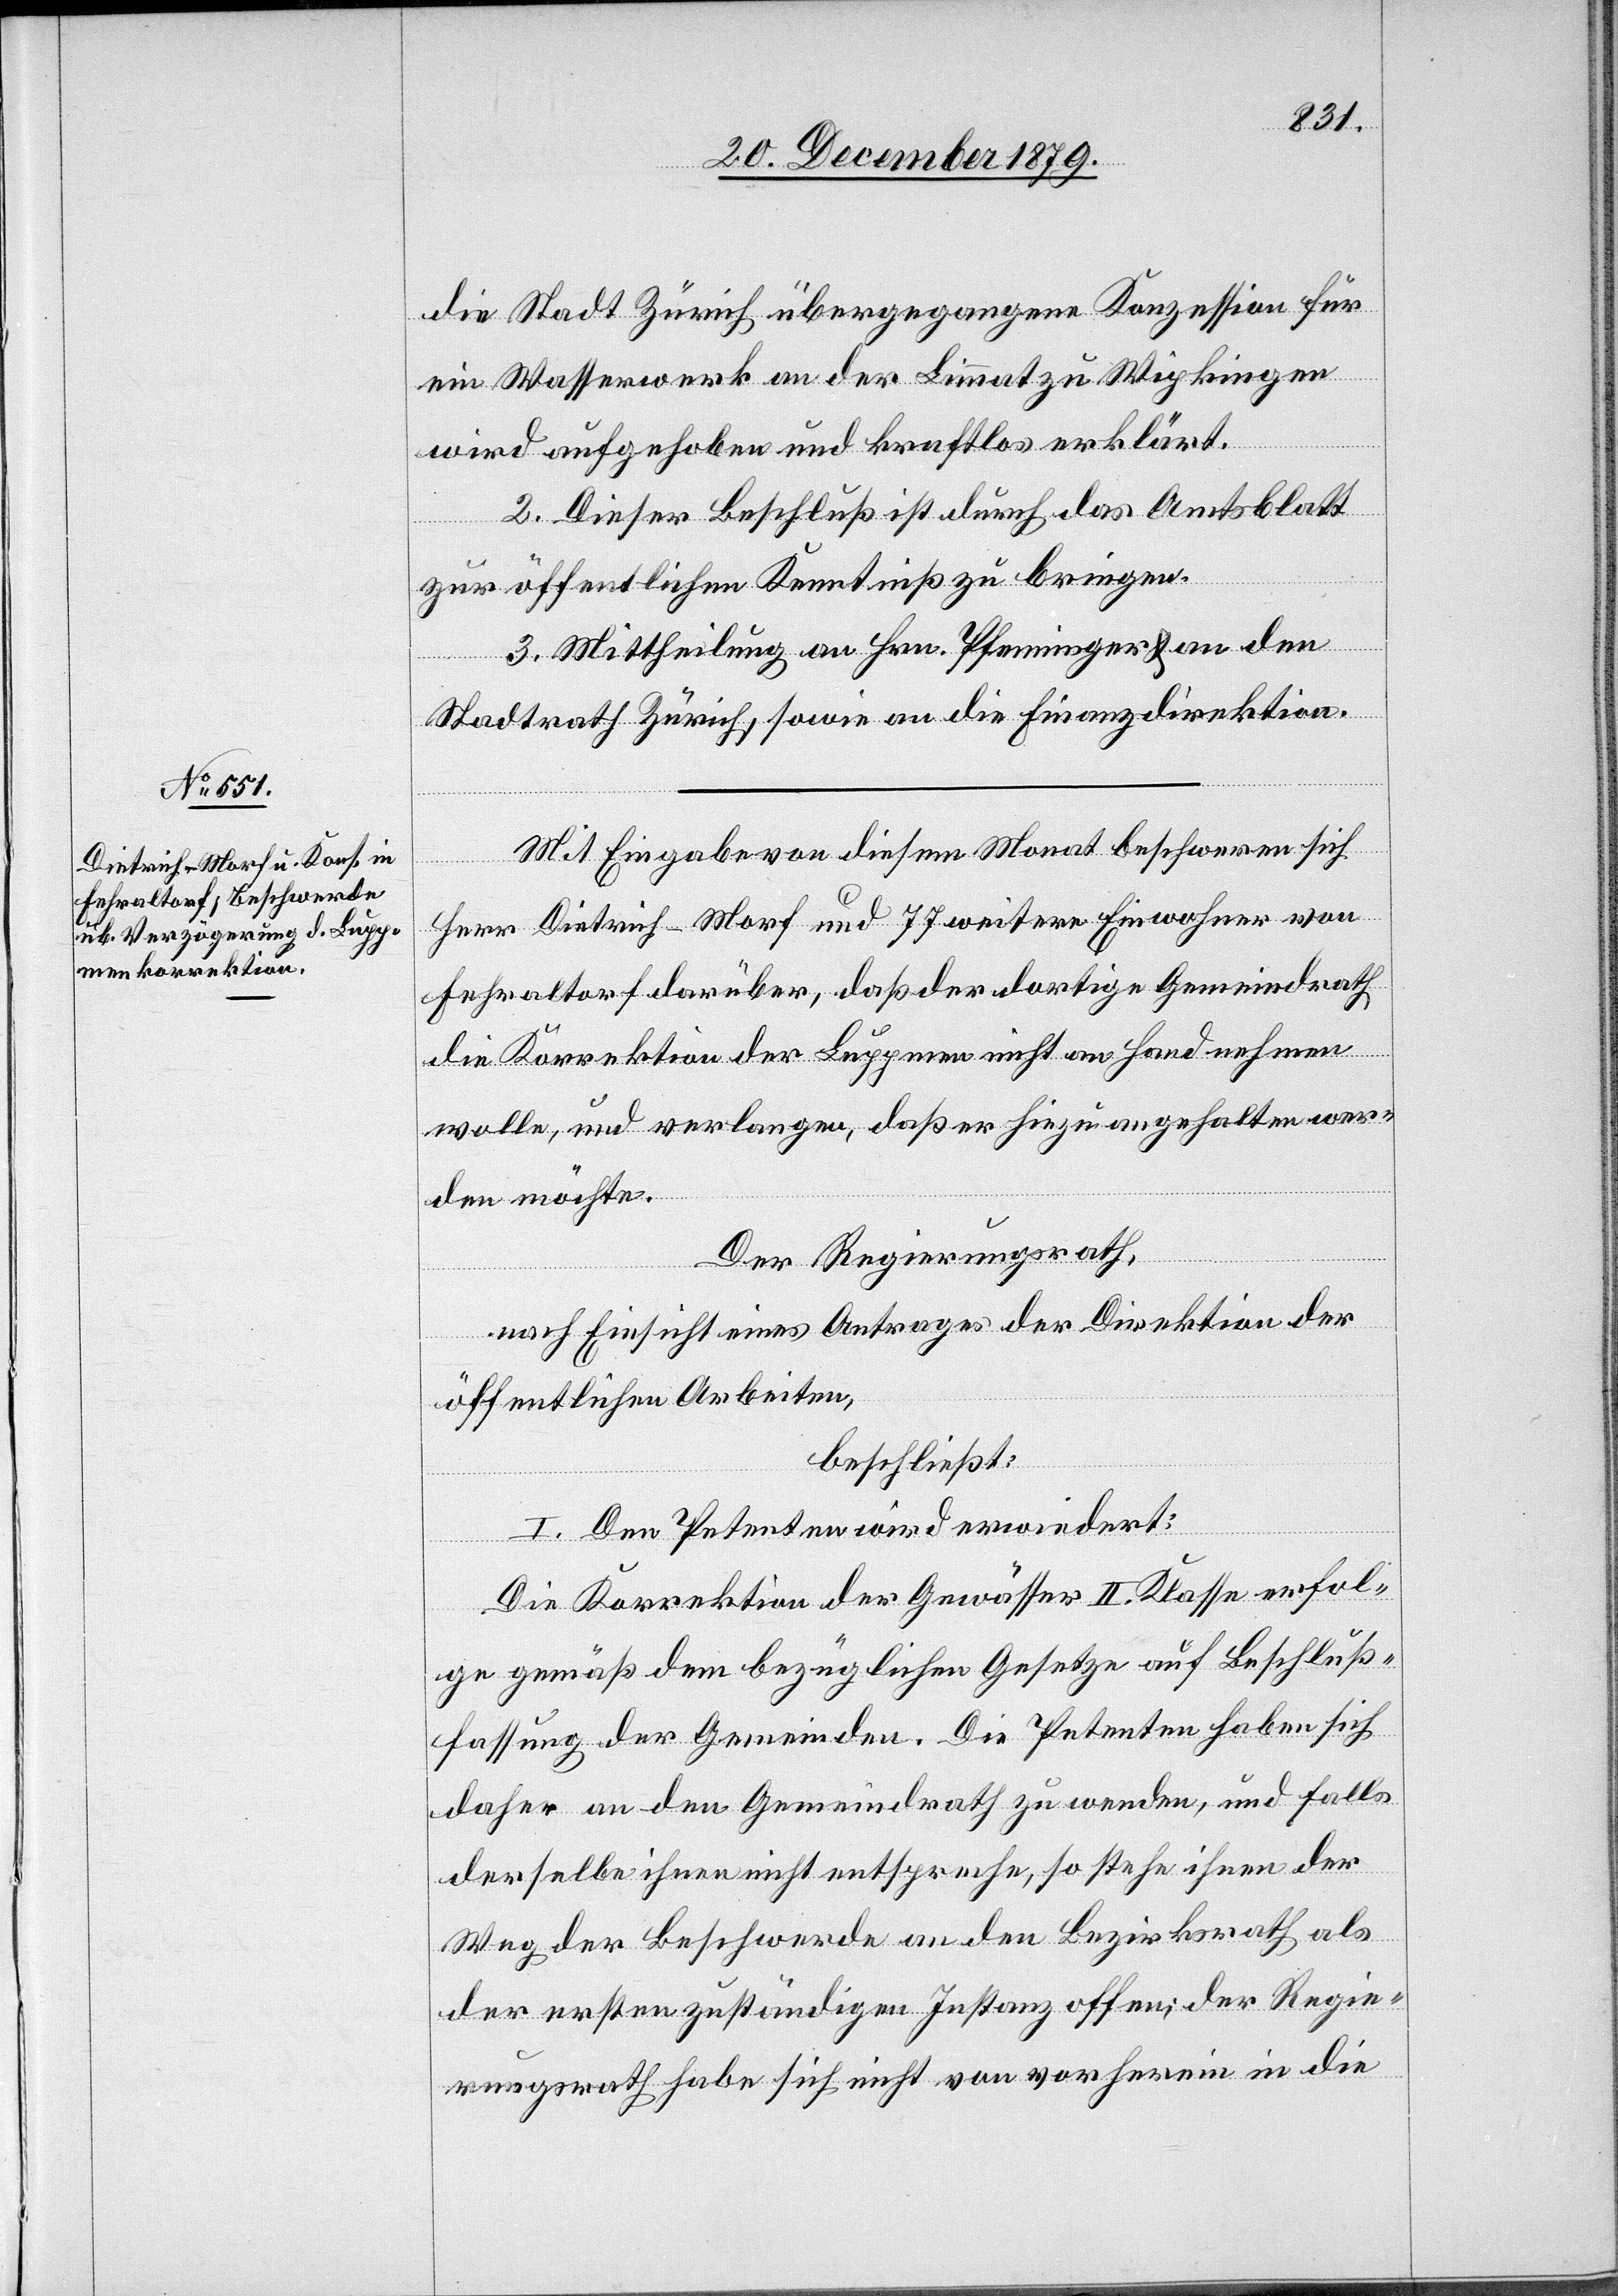
die Stadt Zürich übergegangene Konzession für
ein Wasserwerk an der Limmat zu Wipkingen
wird aufgehoben und kraftlos erklärt.
2. Dieser Beschluß ist durch das Amtsblatt
zur öffentlichen Kenntniß zu bringen.
3. Mittheilung an Hrn. Pfenninger & an den
Stadtrath Zürich, sowie an die Finanzdirektion.
Mit Eingabe von diesem Monat beschweren sich
Herr Dietrich-Morf und 77 weitere Einwohner von
Fehraltorf darüber, daß der dortige Gemeindrath
die Korrektion der Luppmen nicht an Handnehmen
wolle, und verlangen, daß er hiezu angehalten wer¬
den möchte.
Der Regierungsrath,
nach Einsicht eines Antrages der Direktion der
öffentlichen Arbeiten,
beschließt:
I. Den Petenten wird erwiedert:
Die Korrektion der Gewässer II. Klasse erfol¬
ge gemäß dem bezüglichen Gesetze auf Beschluß¬
fassung der Gemeinden. Die Petenten haben sich
daher an den Gemeindrath zu wenden, und falls
derselbe ihnen nicht entspreche, so stehe ihnen der
Weg der Beschwerde an den Bezirksrath als
der ersten zuständigen Instanz offen; der Regie¬
rungsrath habe sich nicht von vorherein in die